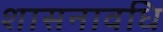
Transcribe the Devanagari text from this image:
शासनावधि